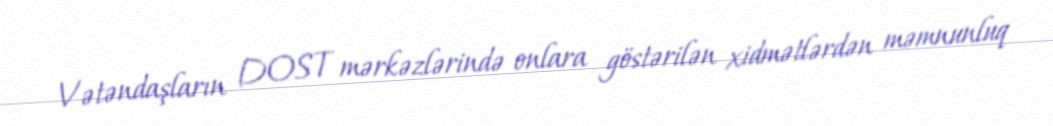
Vətəndaşların DOST mərkəzlərində onlara göstərilən xidmətlərdən məmnunluq